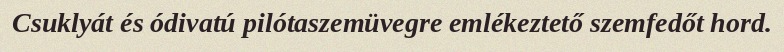
Csuklyát és ódivatú pilótaszemüvegre emlékeztető szemfedőt hord.